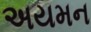
અયમન